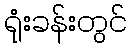
ရုံးခန်းတွင်